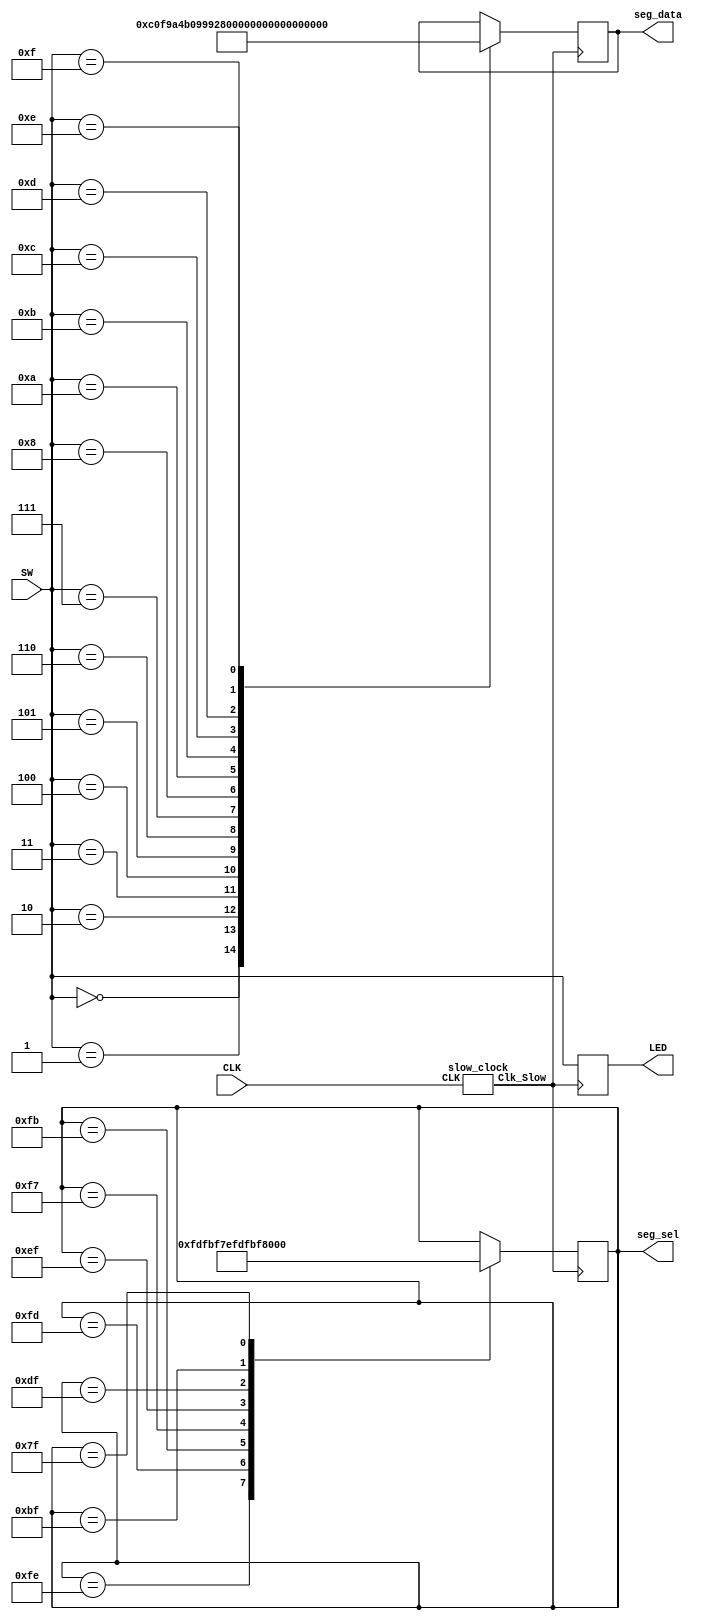
`timescale 1ns / 1ps
//////////////////////////////////////////////////////////////////////////////////
// Company: 
// Engineer: 
// 
// Design Name: 
// Module Name: seg_array
// Project Name: 
// Target Devices: 
// Tool Versions: 
// Description: 
// 
// Dependencies: 
// 
// Revision:
// Revision 0.01 - File Created
// Additional Comments:
// 
//////////////////////////////////////////////////////////////////////////////////


module seg_array(SW, CLK, seg_data, seg_sel, LED);

    input [3:0] SW;
    input CLK;
    output reg [7:0] seg_data;
    output reg [7:0] seg_sel;
    output reg [3:0] LED;

    slow_clock S1 (CLK, Clk_Slow);         
    initial begin
        seg_sel <= 8'b11111110;           
    end
    
    always @ (posedge Clk_Slow)
    begin
        case (SW)
            4'b0000: seg_data <= 8'b11000000;
            4'b0001: seg_data <= 8'b11111001;
            4'b0010: seg_data <= 8'b10100100;
            4'b0011: seg_data <= 8'b10110000;
            4'b0100: seg_data <= 8'b10011001;
            4'b0101: seg_data <= 8'b10010010;
            4'b0110: seg_data <= 8'b10000010;
            4'b0111: seg_data <= 8'b11011000;
            4'b1000: seg_data <= 8'b10000000;
            4'b1010: seg_data <= 8'b10001000;
            4'b1011: seg_data <= 8'b10000011;
            4'b1100: seg_data <= 8'b11000110;
            4'b1101: seg_data <= 8'b10100001;
            4'b1110: seg_data <= 8'b10000110;
            4'b1111: seg_data <= 8'b10001110;
        endcase

    LED <= SW;

        case (seg_sel)
            8'b11111110: seg_sel <= 8'b11111101;
            8'b11111101: seg_sel <= 8'b11111011;
            8'b11111011: seg_sel <= 8'b11110111;
            8'b11110111: seg_sel <= 8'b11101111;
            8'b11101111: seg_sel <= 8'b11011111;
            8'b11011111: seg_sel <= 8'b10111111;
            8'b10111111: seg_sel <= 8'b01111111;    
            8'b01111111: seg_sel <= 8'b11111110;
        endcase
    end
endmodule

module slow_clock(CLK, Clk_Slow);
    input CLK;
    output Clk_Slow;

    reg [31:0] counter_out;
    reg Clk_Slow; 

initial begin 
   counter_out<=32'h00000000; 
   Clk_Slow<=0; 
end 
    always @(posedge CLK) begin 
   counter_out<=counter_out + 32'h00000001; 
   if (counter_out>32'h00F5E100) begin 
       counter_out<=32'h00000000; 
       Clk_Slow<=!Clk_Slow; 
   end 
end
endmodule